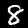
Digit: 8